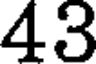
43